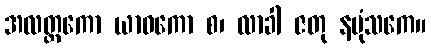
အလတ္တကော ယာဝကော စ၊ လာခါ ဇတု နပုံသကေ။